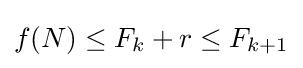
f(N)\leq F_{k}+r\leq F_{k+1}